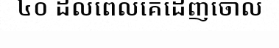
៤០ ដល់ពេលគេដេញចោល